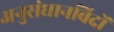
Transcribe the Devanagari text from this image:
अनुसंधानविदों